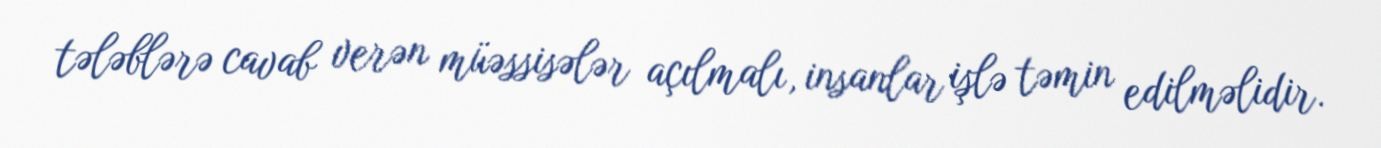
tələblərə cavab verən müəssisələr açılmalı, insanlar işlə təmin edilməlidir.